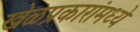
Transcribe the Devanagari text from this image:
खेळप्रकारांमध्ये